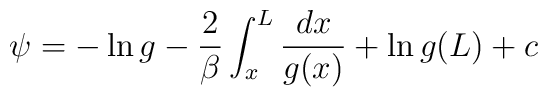
\psi=- \ln g -{2 \over \beta} \int_{x}^{L}{dx \over g(x)} +\ln g(L) +c